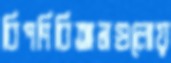
বিপণিবিতানগুলোয়